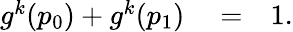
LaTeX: \begin{array}{rlr}{g^{k}(p_{0})+g^{k}(p_{1})}&{{}=}&{1.}\end{array}